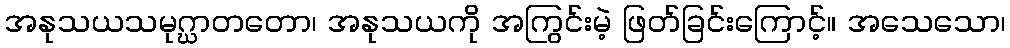
အနုသယသမုဂ္ဃာတတော၊ အနုသယကို အကြွင်းမဲ့ ဖြတ်ခြင်းကြောင့်။ အသေသော၊